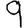
Digit: 9